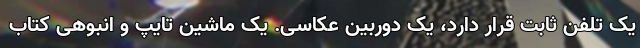
یک تلفن ثابت قرار دارد، یک دوربین عکاسی. یک ماشین تایپ و انبوهی کتاب